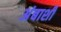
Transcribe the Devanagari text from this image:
अंबाशी